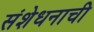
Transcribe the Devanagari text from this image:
संशेधनाची